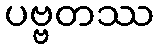
ပဗ္ဗတဿ